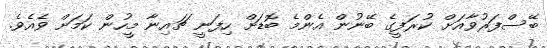
ބޭސްފަރުވާއަށް ކުރަފީގެ ބޭނުން އެންމެ ބޮޑަށް ހިފަނީ ޗައިނާ މީހުން ކަމަށް ވެއެވެ.